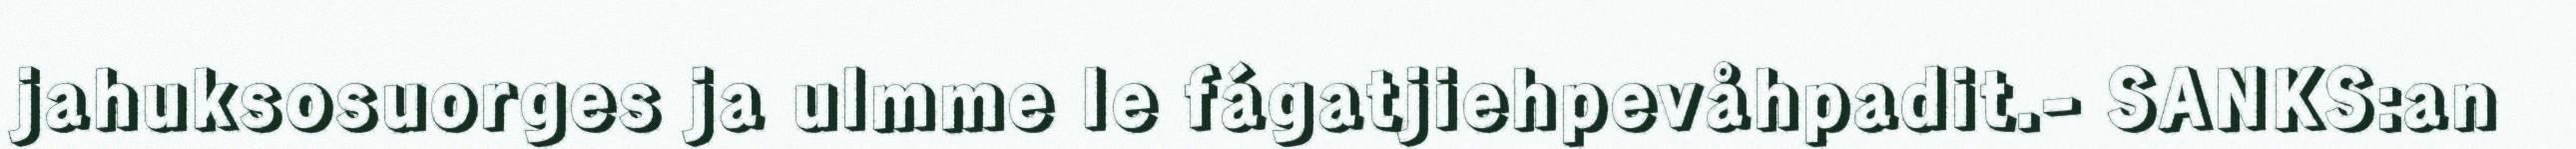
jahuksosuorges ja ulmme le fágatjiehpevåhpadit.- SANKS:an